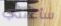
سأعتني